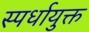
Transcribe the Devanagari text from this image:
स्पर्धायुक्त